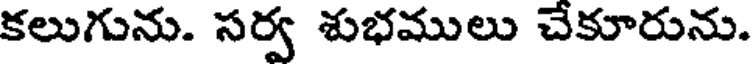
కలుగును. సర్వ శుభములు చేకూరును.